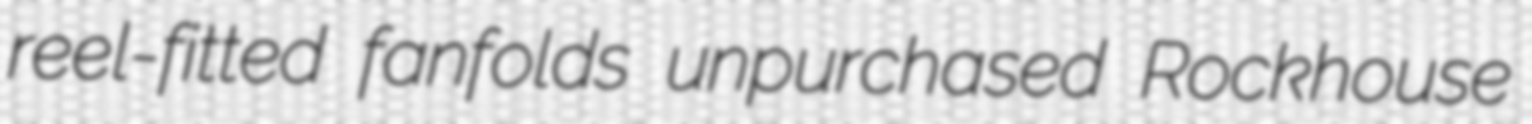
reel-fitted fanfolds unpurchased Rockhouse